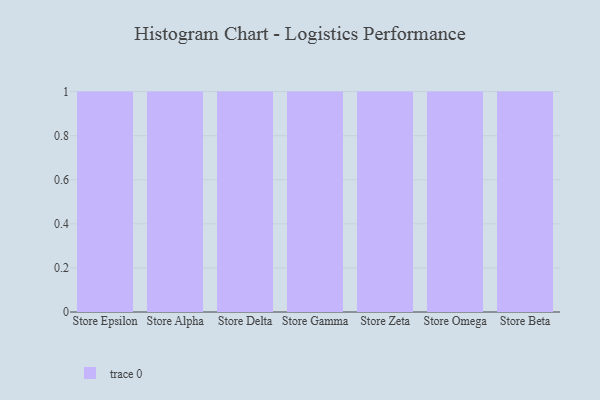
{"axis": {"x": "Store", "y": "Population (Million)"}, "legend": [""], "data": [{"x": "Store Epsilon", "y": 34, "type": ""}, {"x": "Store Alpha", "y": 8, "type": ""}, {"x": "Store Delta", "y": 35, "type": ""}, {"x": "Store Gamma", "y": 58, "type": ""}, {"x": "Store Zeta", "y": 28, "type": ""}, {"x": "Store Omega", "y": 66, "type": ""}, {"x": "Store Beta", "y": 59, "type": ""}]}